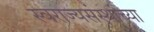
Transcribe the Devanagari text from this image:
स्वराज्यसंस्थांच्या